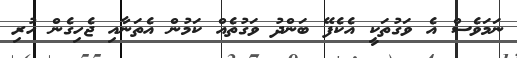
ނަމަވެސް އެ ވަގުތަކީ އެކެފޭ ބަންދު ވަގުތެއް ކަމުން އެތަނާއި ޖެހިގެން ހުރި